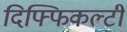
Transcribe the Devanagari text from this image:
दिफ्फिकल्टी